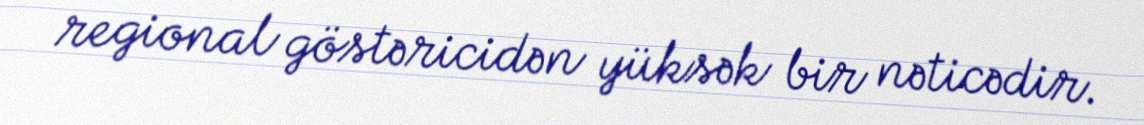
regional göstəricidən yüksək bir nəticədir.